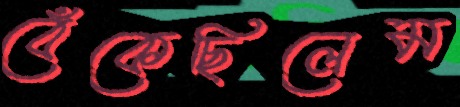
বেঁকেছিলেম